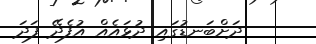
ދަށްބަނޑުގައި ދުޅައެއް އުފެދޭ ފަދަ